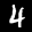
Label: 4